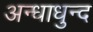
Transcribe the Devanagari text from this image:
अन्धाधुन्द